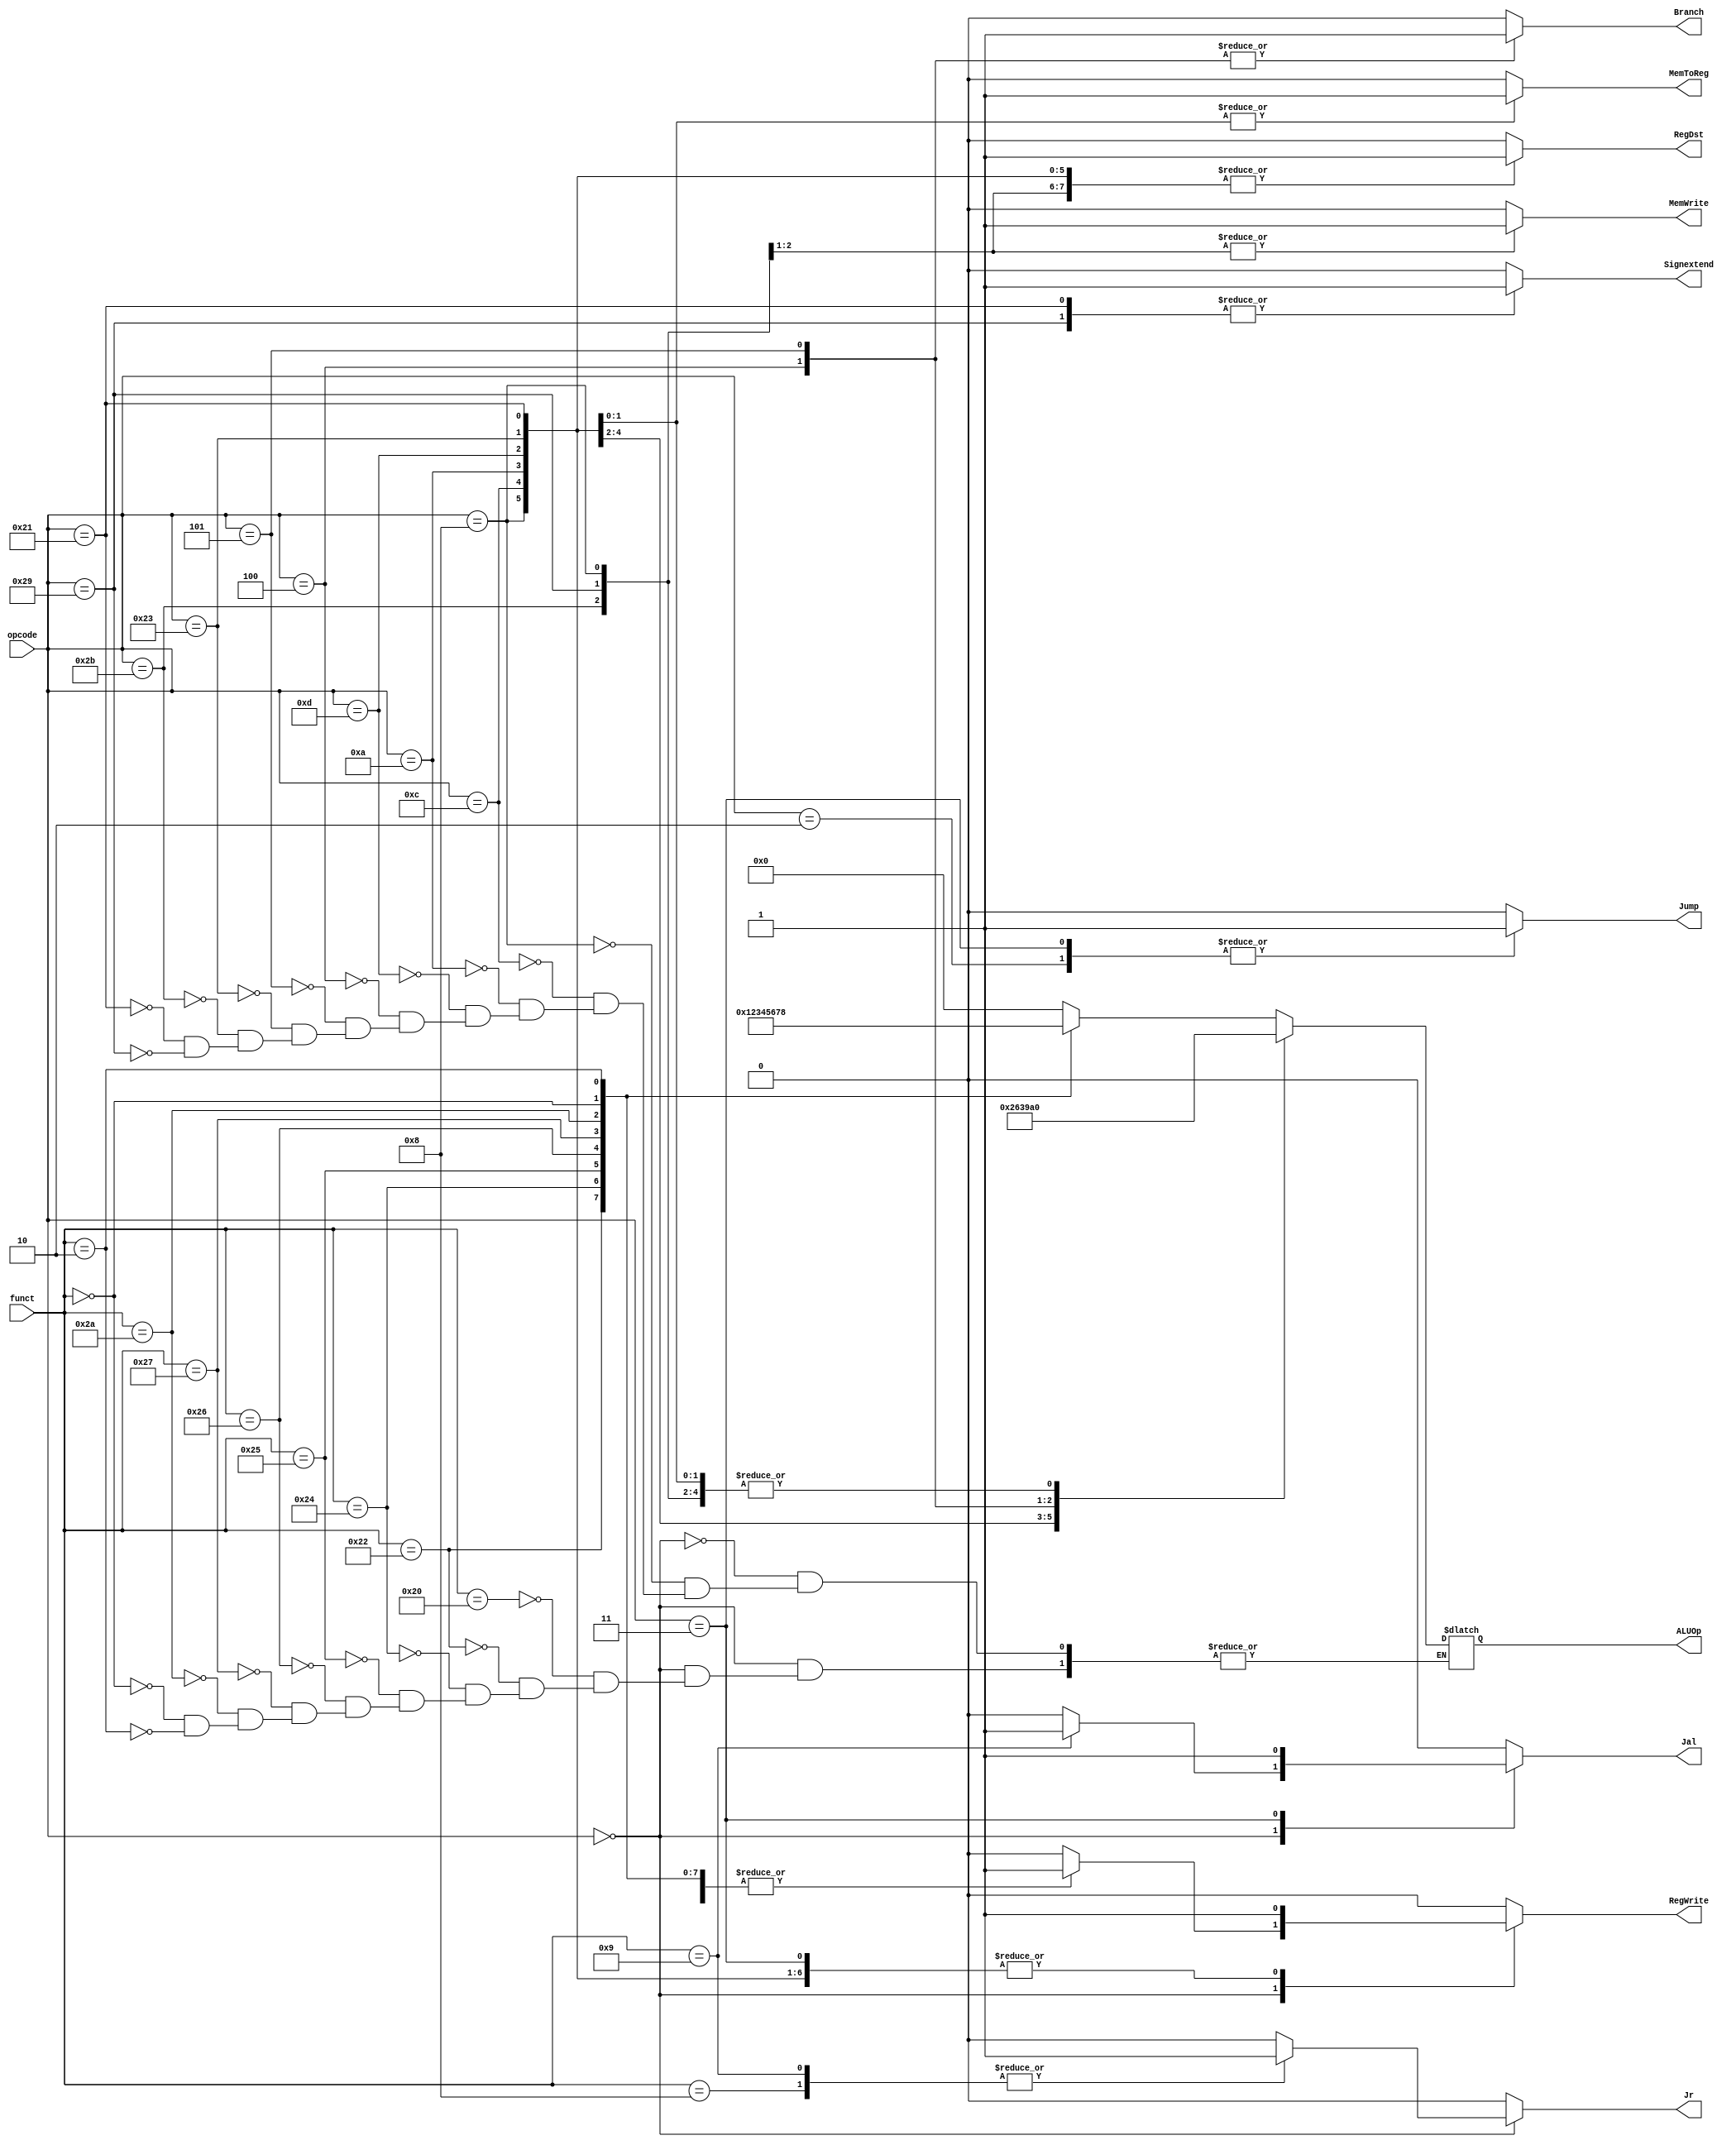
// Controller

module Controller ( opcode,
					funct,
					ALUOp,
					RegWrite,
					Branch,
					Jr,
					Jump,
					Jal,
					MemWrite,
					MemToReg,
					RegDst,
					Signextend
					);

	input  [5:0] opcode;
	input  [5:0] funct;
	output [3:0] ALUOp;
	output RegWrite;
	output MemWrite;
	output MemToReg;
	output Branch;
	output Jr;
	output Jump;
	output Jal;
	output RegDst;
	output Signextend;
	reg [3:0] ALUOp;
	reg RegWrite;
	reg MemToReg;
	reg MemWrite;
	reg Branch;
	reg Jr;
	reg Jump;
	reg Jal;
	reg RegDst;
	reg Signextend;
	always @(*)	
		begin
		RegWrite = 0;
		MemToReg = 0;
		MemWrite = 0;
		Branch = 0;
		Jr = 0;
		Jump = 0;
		Jal = 0;
		RegDst = 0;
		Signextend = 0;
		case(opcode)
			6'b000000:
				begin
				case(funct)
					6'b100000:
					begin
						ALUOp = 4'b0000;//add
						RegWrite = 1;
					end
					6'b100010:
					begin
						ALUOp = 4'b0001;//sub
						RegWrite = 1;
					end
					6'b100100:
					begin
						ALUOp= 4'b0010;//and
						RegWrite = 1;
					end
					6'b100101:
					begin
						ALUOp = 4'b0011;//or
						RegWrite = 1;
					end
					6'b100110:
					begin
						ALUOp = 4'b0100;//xor
						RegWrite = 1;
					end
					6'b100111:
					begin
						ALUOp = 4'b0101;//nor
						RegWrite = 1;
					end
					6'b101010:
					begin
						ALUOp = 4'b0110;//less
						RegWrite = 1;
					end
					6'b000000:
					begin
						ALUOp = 4'b0111;//left shift
						RegWrite = 1;
					end
					6'b000010:
					begin
						ALUOp = 4'b1000;//right shift
						RegWrite = 1;
					end
					6'b001000://JR
					begin
						Jr = 1;
					end
					6'B001001://Jalr
					begin
						Jal = 1;
						Jr = 1;
					end
					//6'b001000:ALUOp = 4'b1001;//beq
					//6'b100000:ALUOp = 4'b1010;//bne
				endcase
				end
			6'b001000:
			begin
				ALUOp = 4'b0000;//addi
				RegWrite = 1;
				RegDst = 1;
			end
			6'b001100:
			begin
				ALUOp = 4'b0010;//andi
				RegWrite = 1;
				RegDst = 1;
			end
			6'b001010:
			begin
				ALUOp = 4'b0110;//slti
				RegWrite = 1;
				RegDst = 1;
			end
			6'b001101:
			begin
				ALUOp = 4'b0011;//ori
				RegWrite = 1;
				RegDst = 1;
			end
			6'b000100:
			begin
				ALUOp = 4'b1001;//equal
				Branch = 1;
			end
			6'b000101:
			begin
				ALUOp = 4'b1010;//bne
				Branch = 1;
			end
			6'b100011:
			begin
				ALUOp = 4'b0000;//lw->add
				RegWrite = 1;
				MemToReg = 1;
				RegDst = 1;
			end
			6'b101011:
			begin
				ALUOp = 4'b0000;//sw->add
				MemWrite = 1;
				RegDst = 1;
			end
			6'b100001:
			begin
				ALUOp = 4'b0000;//lh->add
				Signextend = 1;
				RegWrite = 1;
				MemToReg = 1;
				RegDst = 1;
			end
			6'b101001:
			begin
				ALUOp = 4'b0000;//sh->add
				Signextend = 1;
				MemWrite = 1;
				RegDst = 1;
			end
			6'b000010://jump
			begin
				Jump = 1;
			end
			6'b000011://jal
			begin
				Jump = 1;
				Jal = 1;
				RegWrite = 1;
			end
		endcase
		end
	
endmodule